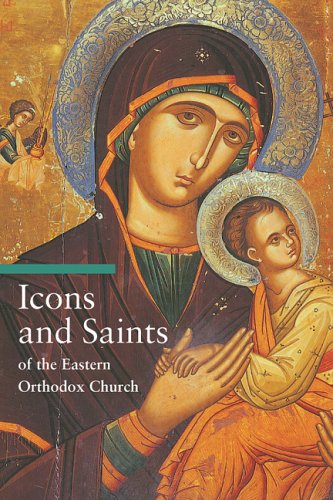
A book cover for Icons & Saints of the Eastern Orthodox Church; Alfredo Tradigo; Arts & Photography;